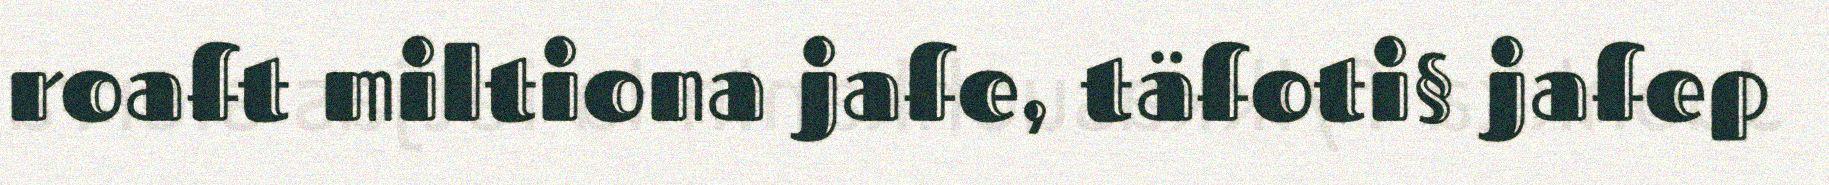
roaft miltiona jafe, täfoti§ jafep